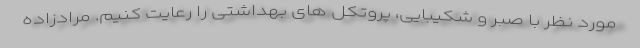
مورد نظر با صبر و شکیبایی، پروتکل های بهداشتی را رعایت کنیم. مرادزاده